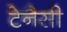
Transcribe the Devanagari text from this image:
टेनैसी